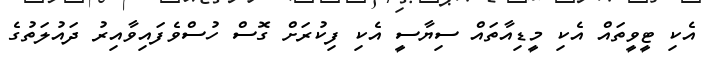
އެކި ޓީވީތައް އެކި މީޑިއާތައް ސިޔާސީ އެކި ފިކުރަށް ގޮސް ހުސްވެފައިވާއިރު ދައުލަތުގެ